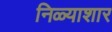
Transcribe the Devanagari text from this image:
निळ्याशार